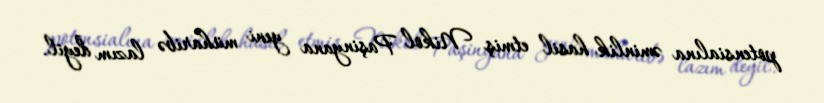
potensialına əminlik hasil etmiş Nikol Paşinyana yeni müharibə lazım deyil.